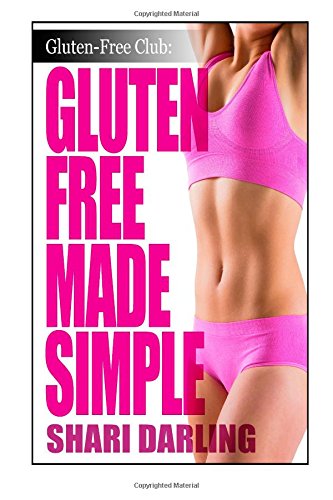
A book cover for Gluten-Free Club: Gluten-Free Made Simple: Curb Fatigue, Reduce Inflammation, Lose Weight; Shari Darling; Health, Fitness & Dieting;